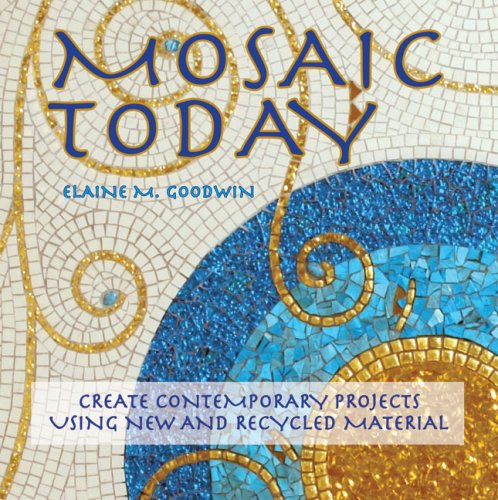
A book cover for Mosaic Today: Create Contemporary Projects Using New and Recycled Material; Elaine M. Goodwin; Arts & Photography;